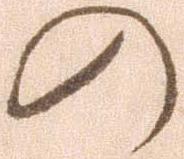
の